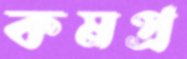
কমপ্র